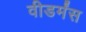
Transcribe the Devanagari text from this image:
वीडर्मंस